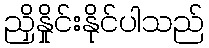
ညှိနှိုင်းနိုင်ပါသည်